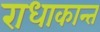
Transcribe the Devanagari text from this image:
राधाकान्‍त